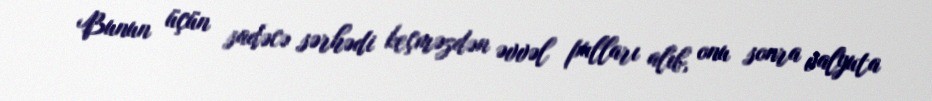
Bunun üçün sadəcə sərhədi keçməzdən əvvəl pulları alıb, onu sonra valyuta